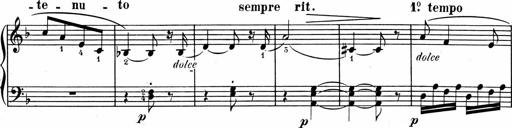
Title: 1Ã¨re Sonatine
Composer: FrÃ©dÃ©ric Binet